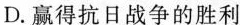
D.赢得抗日战争的胜利